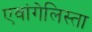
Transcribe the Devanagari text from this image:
एवांगेलिस्ता